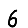
Digit: 6